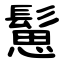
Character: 䰄